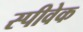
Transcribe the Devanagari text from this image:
स्पीवेक